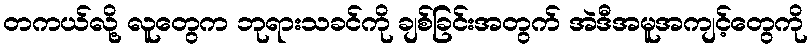
တကယ်လို့ လူတွေက ဘုရားသခင်ကို ချစ်ခြင်းအတွက် အဲဒီအမူအကျင့်တွေကို